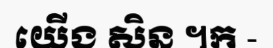
យើង សិន ។ក -